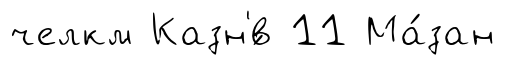
челкм Казн'́в 11 Ма́зан